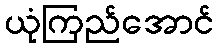
ယုံကြည်အောင်